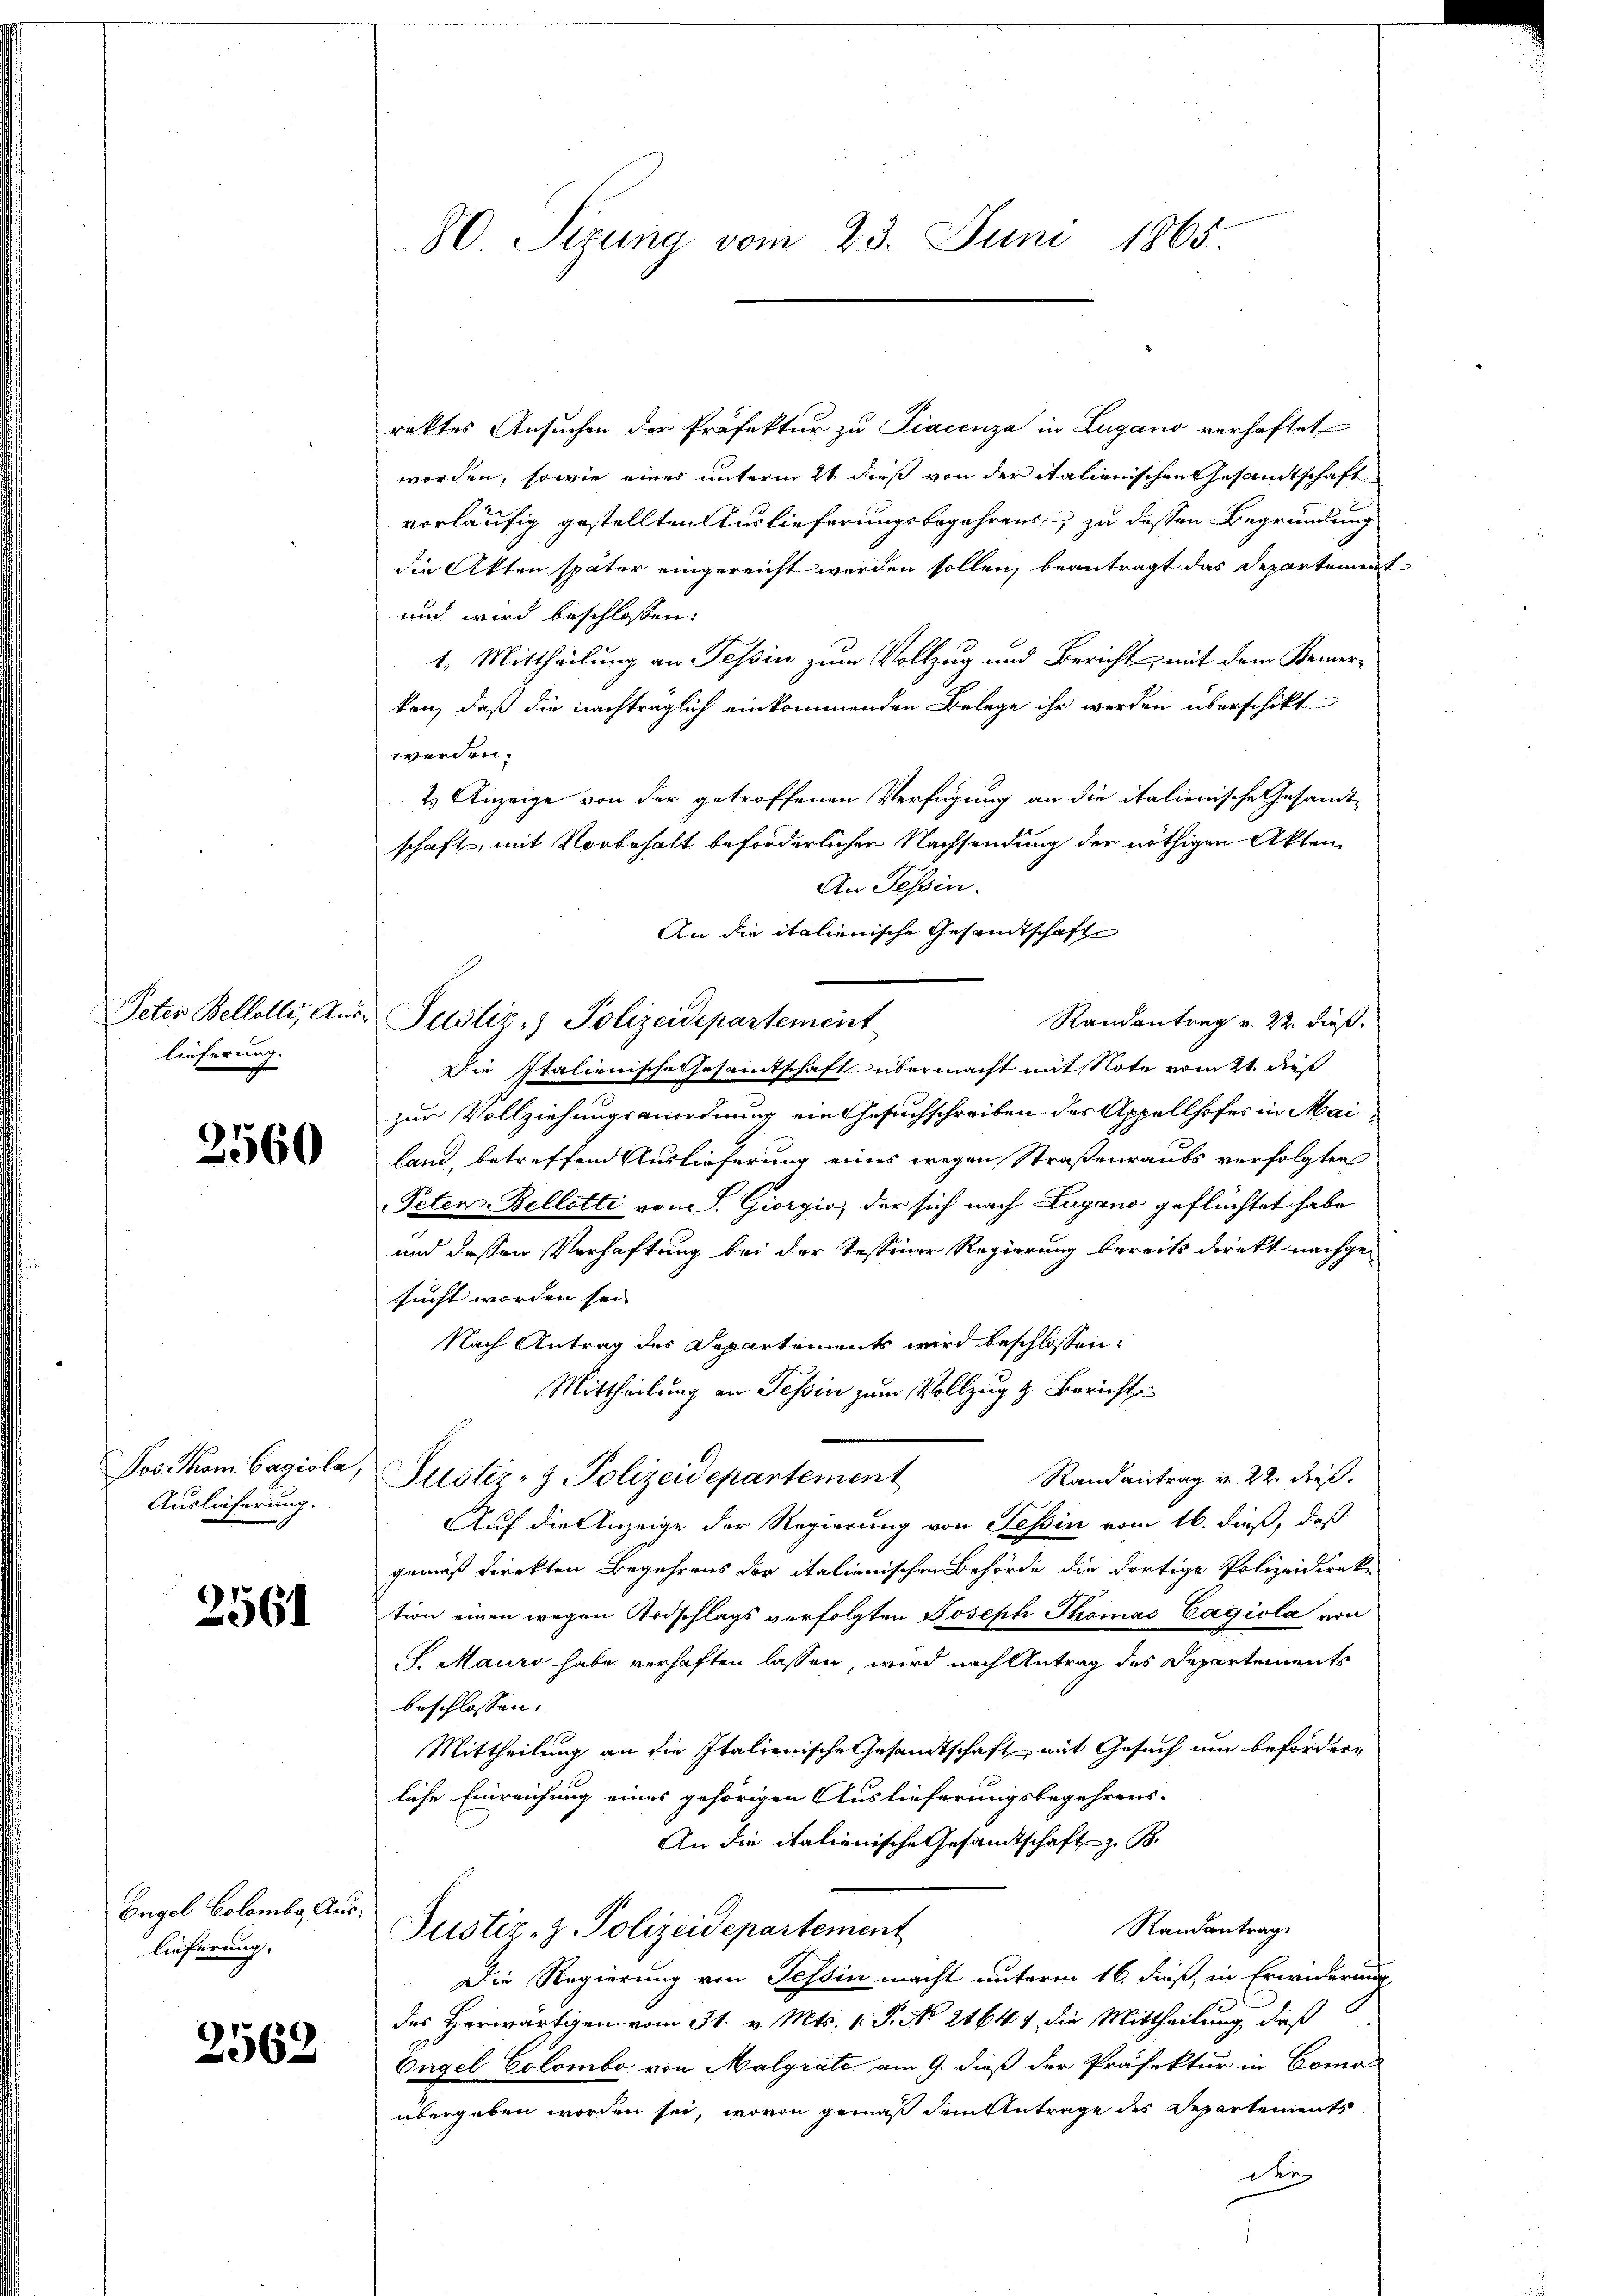
lieferung.

3560

Jos. Thom. Cagiola,
Auslieferung.

2561

Engel Colombe Auslieferung.

2562

80. Sirung vom 23. Juni 1865.

rektes Ansuchen der Präfektur zu Piacenza in Zugano verhaftet
worden, sowie eines unterm 21. dieß von der italienischen Gesandtschaft
vorläufig gestellten Auslieferungsbegehrens, zu dessen Begründung
die Akten später eingereicht werden sollen, beantragt das Departement
und wird beschlossen:
1. Mittheilung an Tessin zum Vollzug und Bericht, mit dem Keinerken, daß die nachträglich einkommenden Belege ihr werden überschikt
werden.
2) Anzeige von der getroffenen Verfügung an die italienische Gesandt-
schaft, mit Vorbehalt beförderlicher Nachsendung der nöthigen Akten
An Tessin.
An die italienische Gesandtschafte
Randantrag v. 22. dieß
Die Italienische Gesamtschaft übermacht mit Note vom 21. dieß
e
zur Vollziehungsanordnung ein Gesuchschreiben des Appellhofes in Mailand, betreffend Auslieferung eines wegen Straßenraubs verfolgten
Peten-Bellotti von S. Giorgio, der sich nach Lugano geflüchtet habe
und dessen Verhaftung bei der Tessiner Regierung bereits direkt nachgesucht worden sei.
Nach Antrag des Departements wird beschlossen:
Mittheilung an Tessin zum Vollzug & Bericht
Randantrag v. 22. dieß.
Justiz- & Polizeidepartement
Auf die Anzeige der Regierung von Tessin vom 16. dieß, daß
gemäß direkten Begehrens der italienischen Behörde die dortige Polizeidireke
tion einen wegen Ardschlags verfolgten Joseph Thomas Cagiola von
S. Mauri habe verhaften lassen, wird nach Antrag des Departements
beschlossen:
Mittheilung an die Italienische Gesandtschaft mit Gesuch um beförderliche Einreichung eines gehörigen Auslieferungsbegehrens-
An die italienische Gesamtschaft z. B.
Randantrage
Justiz- & Polizeidepartement
Die Regierung von Tessin macht unterm 16. dieß, in Erwiderung
des Herwärtigen vom 31. v. Mts. 1. P. No 21644 die Mittheilung, daß
Engel Colombe von Malgrate am 9. dieß der Präfektur in Como
übergeben worden sei, wovon gemäß dem Antrage des Departements
der

Peter Bellette, Aus Justiz:) Polizeidepartement